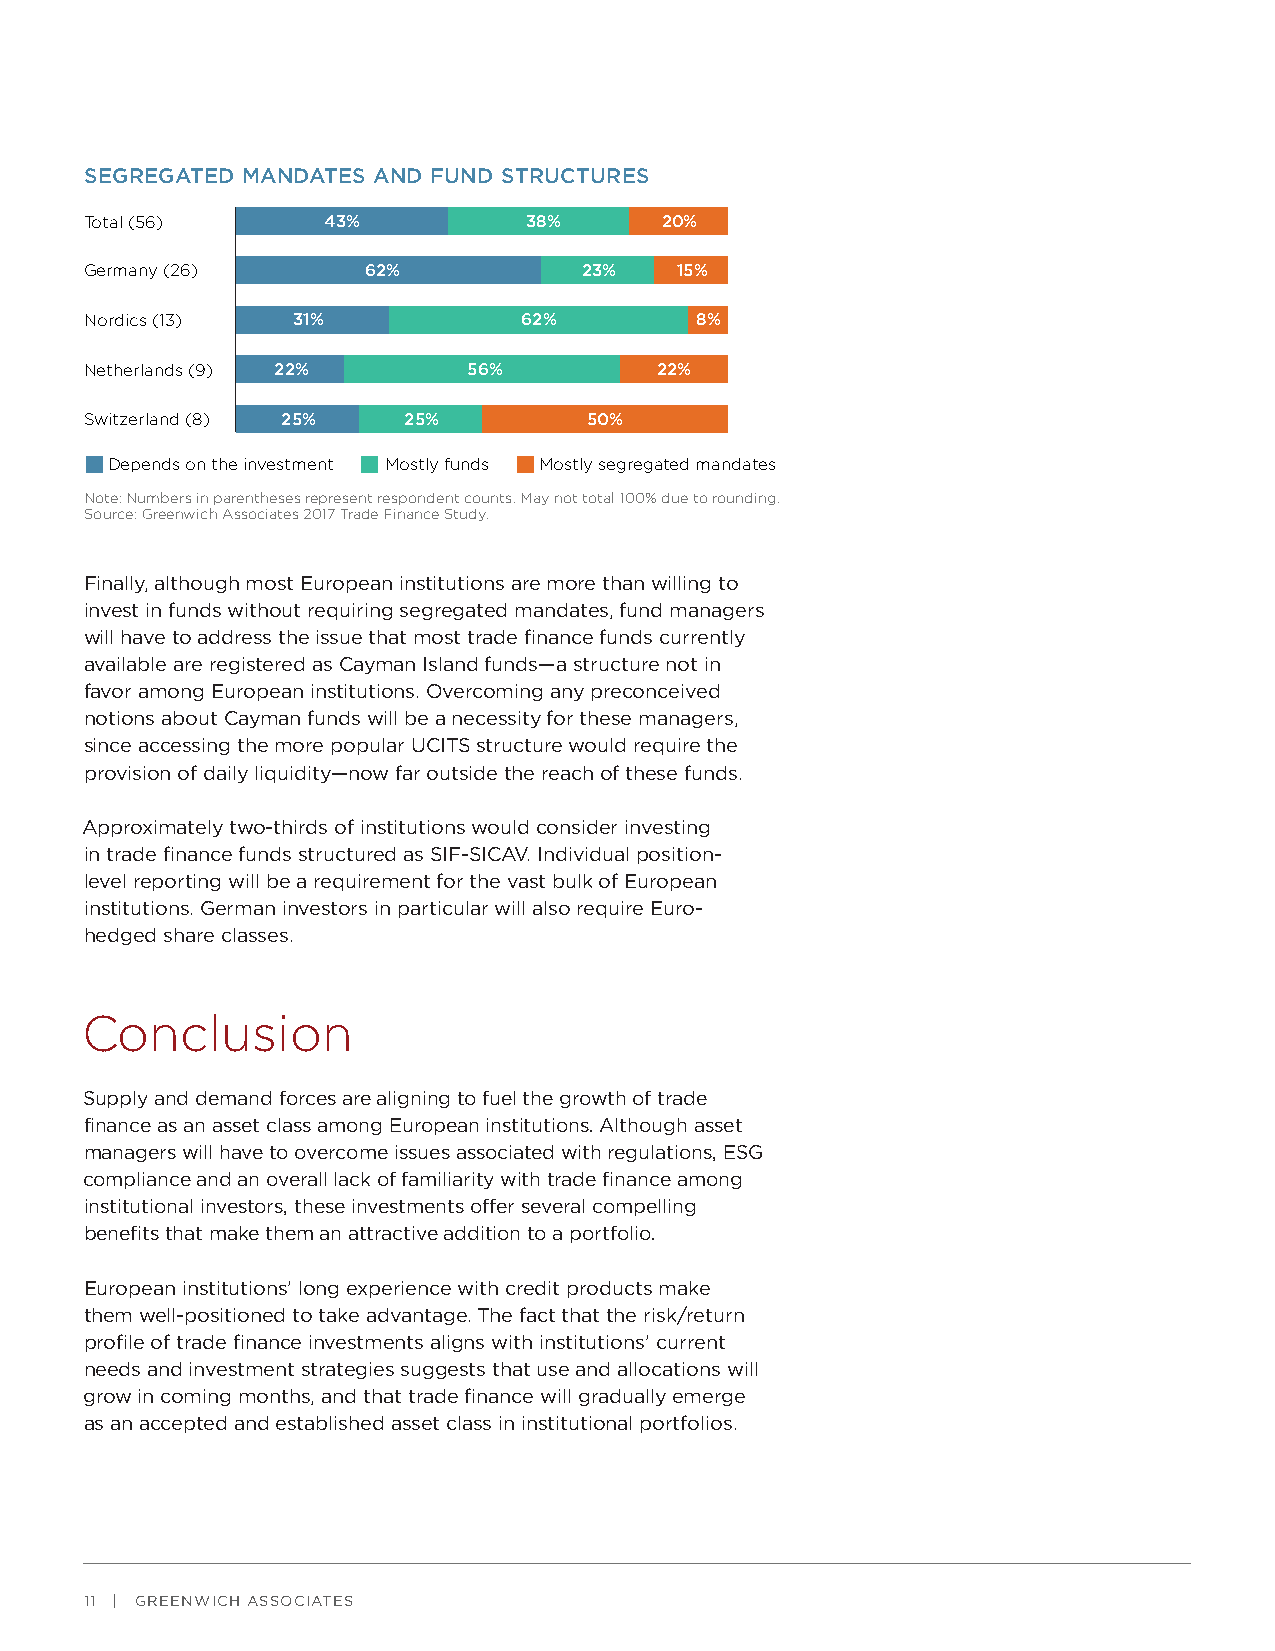
SEGREGATED MANDATES AND FUND STRUCTURES
 Total (56)     43%           38%      20%
 Germany (26)      62%            23%   15%
 Nordics (13) 31%             62%        8%
 Netherlands (9) 22%      56%         22%
 Switzerland (8) 25%  25%         50%
 Depends on the investment Mostly funds Mostly segregated mandates
 Note: Numbers in parentheses represent respondent counts. May not total 100% due to rounding.
 Source: Greenwich Associates 2017 Trade Finance Study.
 Finally, although most European institutions are more than willing to
 invest in funds without requiring segregated mandates, fund managers
 will have to address the issue that most trade finance funds currently
 available are registered as Cayman Island funds—a structure not in
 favor among European institutions. Overcoming any preconceived
 notions about Cayman funds will be a necessity for these managers,
 since accessing the more popular UCITS structure would require the
 provision of daily liquidity—now far outside the reach of these funds.
 Approximately two-thirds of institutions would consider investing
 in trade finance funds structured as SIF-SICAV. Individual position-
 level reporting will be a requirement for the vast bulk of European
 institutions. German investors in particular will also require Euro-
 hedged share classes.
 Conclusion
 Supply and demand forces are aligning to fuel the growth of trade
 finance as an asset class among European institutions. Although asset
 managers will have to overcome issues associated with regulations, ESG
 compliance and an overall lack of familiarity with trade finance among
 institutional investors, these investments offer several compelling
 benefits that make them an attractive addition to a portfolio.
 European institutions’ long experience with credit products make
 them well-positioned to take advantage. The fact that the risk/return
 profile of trade finance investments aligns with institutions’ current
 needs and investment strategies suggests that use and allocations will
 grow in coming months, and that trade finance will gradually emerge
 as an accepted and established asset class in institutional portfolios.
 11 | GREENWICH ASSOCIATES